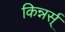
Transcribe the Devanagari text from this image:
किन्नर्स्